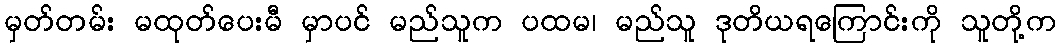
မှတ်တမ်း မထုတ်ပေးမီ မှာပင် မည်သူက ပထမ၊ မည်သူ ဒုတိယရကြောင်းကို သူတို့က